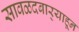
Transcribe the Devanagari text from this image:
सावळदबार्‍याहून